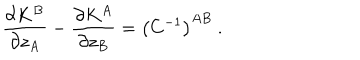
LaTeX: \frac { \partial K ^ { B } } { \partial z _ { A } } - \frac { \partial K ^ { A } } { \partial z _ { B } } = \left( C ^ { - 1 } \right) ^ { A B } \ .